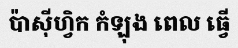
ប៉ាស៊ីហ្វិក កំឡុង ពេល ធ្វើ